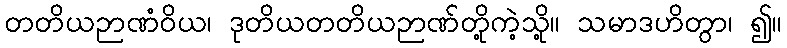
တတိယဉာဏံဝိယ၊ ဒုတိယတတိယဉာဏ်တို့ကဲ့သို့။ သမာဒဟိတွာ၊ ၍။